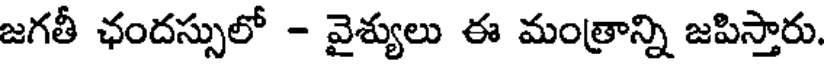
జగతీ ఛందస్సులో - వైశ్యులు ఈ మంత్రాన్ని జపిస్తారు.